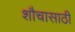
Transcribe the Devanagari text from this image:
शौचासाठी